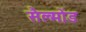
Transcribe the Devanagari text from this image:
सैल्मोंड